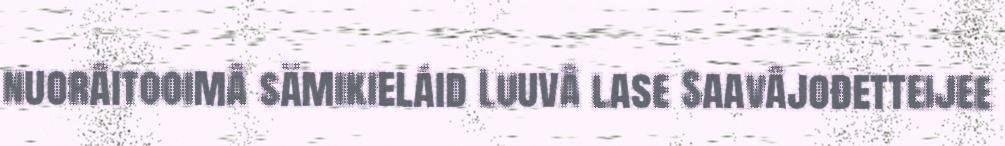
nuorâitooimâ sämikieláid Luuvâ lase Saavâjođetteijee